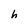
Character: h